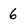
Character: 6